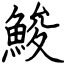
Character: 鮻